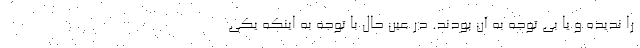
را ندیده و یا بی توجه به آن بودند. در عین حال با توجه به اینکه یکی